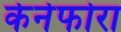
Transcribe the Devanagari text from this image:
केनेफोरा